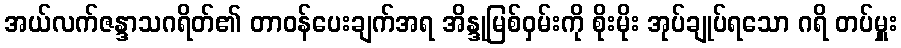
အယ်လက်ဇန္ဒာသဂရိတ်၏ တာဝန်ပေးချက်အရ အိန္ဒုမြစ်ဝှမ်းကို စိုးမိုး အုပ်ချုပ်ရသော ဂရိ တပ်မှူး